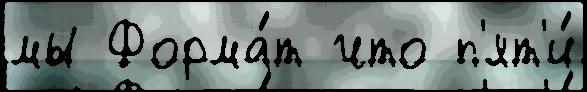
мы Форма́т что п'ят'и́